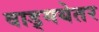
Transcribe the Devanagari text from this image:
वाड्मयेतर